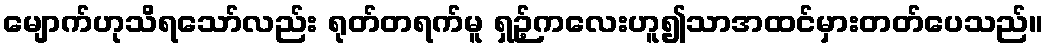
မျောက်ဟုသိရသော်လည်း ရုတ်တရက်မူ ရှဉ့်ကလေးဟူ၍သာအထင်မှားတတ်ပေသည်။